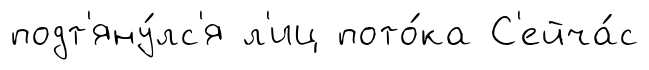
подт'яну́лс'я л'иц пото́ка С'ейча́с